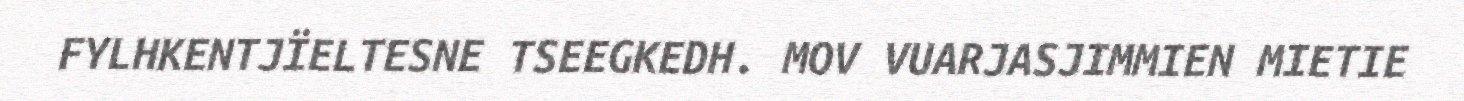
FYLHKENTJÏELTESNE TSEEGKEDH. MOV VUARJASJIMMIEN MIETIE